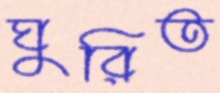
ঘুরিত